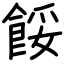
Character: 餒